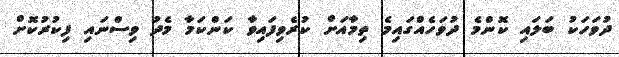
ދުވަހަކު ބަލައި ކޮންމެ ދުވަހެއްގައިމެ ތިމާއަށް ކުރެވިފައިވާ ކަންކަމާ މެދު ވިސްނައި ފިކުރުކޮށް